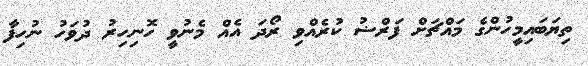
ތިޔަބައިމީހުންގެ މައްޗަށް ފަރްޟު ކުރެއްވި ރޯދަ އެއް މެނުވީ ހޮނިހިރު ދުވަހު ނުހިފާ